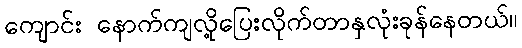
ကျောင်း နောက်ကျလို့ပြေးလိုက်တာနှလုံးခုန်နေတယ်။